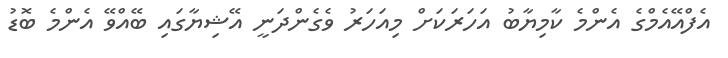
އެފްއޭއެމްގެ އެންމެ ކާމިޔާބު އަހަރަކަށް މިއަހަރު ވެގެންދަނީ އޭޝިޔާގައި ބޭއްވޭ އެންމެ ބޮޑު